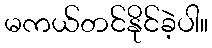
မကယ်တင်နိုင်ခဲ့ပါ။